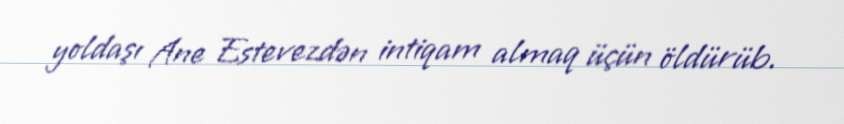
yoldaşı Ane Estevezdən intiqam almaq üçün öldürüb.